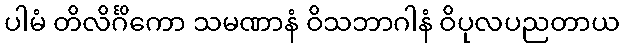
ပါမံ တိလိင်္ဂိကော သမဏာနံ ဝိသဘာဂါနံ ဝိပုလပညတာယ